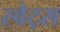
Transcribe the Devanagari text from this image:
स्वेट्स